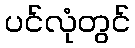
ပင်လုံတွင်